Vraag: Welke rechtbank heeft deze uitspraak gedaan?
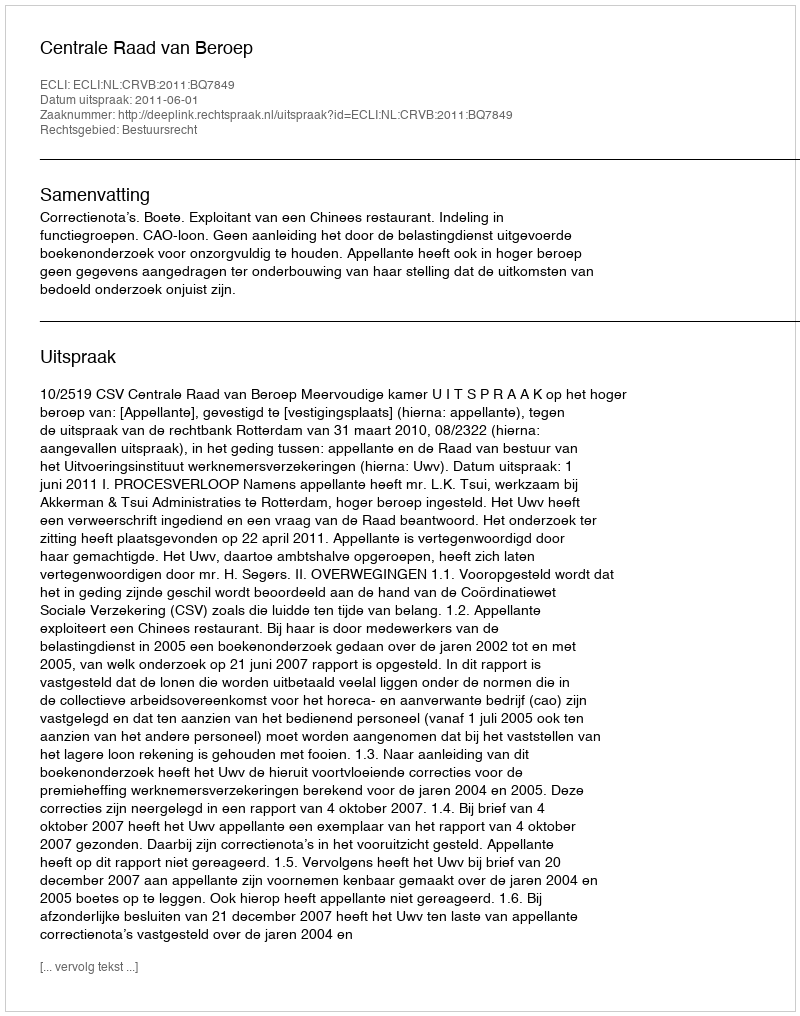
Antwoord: Centrale Raad van Beroep